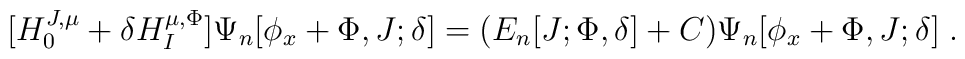
[H_0^{J,\mu}+\delta H_I^{\mu,\Phi}]\Psi_n[\phi_x+\Phi,J;\delta]         =(E_n[J;\Phi,\delta]+C)\Psi_n[\phi_x+\Phi,J;\delta] \;.